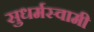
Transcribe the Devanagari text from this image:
सुधर्मस्वामी